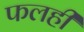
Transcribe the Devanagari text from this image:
फलही